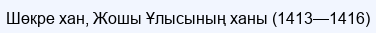
Шөкре хан, Жошы Ұлысының ханы (1413—1416)